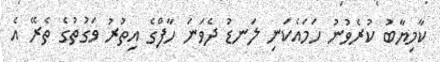
ކާމިޔާބު ކުރެވުނު ހަމައެކަނި ލަނޑު ދެވަނަ ހާފްގެ އިތުރު ވަގުތުގެ ތެރޭ އެ